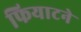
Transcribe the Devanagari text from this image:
फियाटने